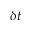
\delta t